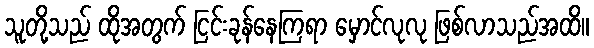
သူတို့သည် ထိုအတွက် ငြင်းခုန်နေကြရာ မှောင်လုလု ဖြစ်လာသည်အထိ။